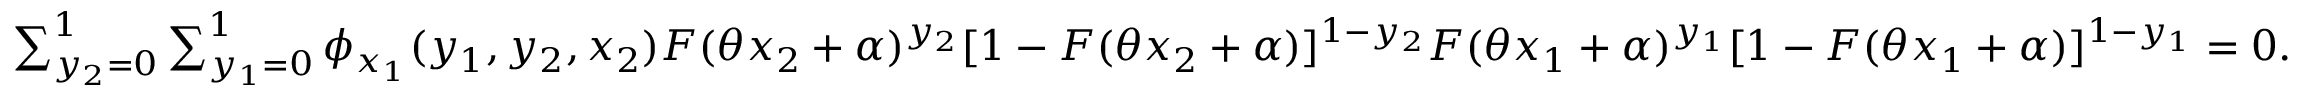
\begin{array} { r l } & { \sum _ { y _ { 2 } = 0 } ^ { 1 } \sum _ { y _ { 1 } = 0 } ^ { 1 } \phi _ { x _ { 1 } } ( y _ { 1 } , y _ { 2 } , x _ { 2 } ) F ( \theta x _ { 2 } + \alpha ) ^ { y _ { 2 } } [ 1 - F ( \theta x _ { 2 } + \alpha ) ] ^ { 1 - y _ { 2 } } F ( \theta x _ { 1 } + \alpha ) ^ { y _ { 1 } } [ 1 - F ( \theta x _ { 1 } + \alpha ) ] ^ { 1 - y _ { 1 } } = 0 . } \end{array}